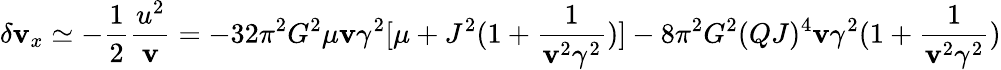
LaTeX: \delta\mathbf{v}_{x}\simeq-\frac{{1}}{{2}}\frac{{u^{2}}}{{\mathbf{v}}}=-32\pi^{2}G^{2}\mu\mathbf{v}\gamma^{2}[\mu+J^{2}(1+\frac{{1}}{{\mathbf{v}^{2}\gamma^{2}}})]-8\pi^{2}G^{2}(QJ)^{4}\mathbf{v}\gamma^{2}(1+\frac{{1}}{{\mathbf{v}^{2}\gamma^{2}}})